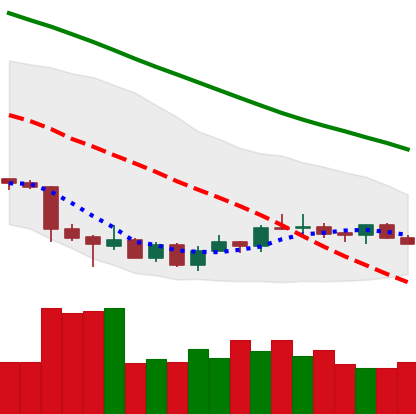
Ticker: LTC-USD
Chart end date: 2018-07-09
Forward return: -5.114%
Label: down_5_7